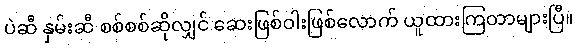
ပဲဆီ နှမ်းဆီ စစ်စစ်ဆိုလျှင် ဆေးဖြစ်ဝါးဖြစ်လောက် ယူထားကြတာများပြီ။